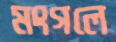
মংগলে